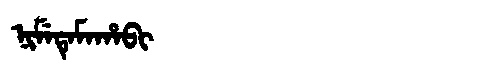
Manchu: ᠨᡳᠮᡝᡨᡝᠮᠠᡥᠠᠪᡳ
Romanization: NIMETEMAHABI